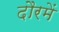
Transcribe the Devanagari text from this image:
दौरमें